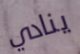
ينادي